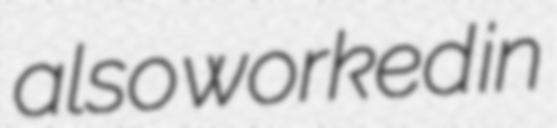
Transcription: also worked in